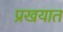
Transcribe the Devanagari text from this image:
प्रखयात